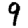
Digit: 9